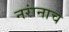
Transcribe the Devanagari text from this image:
नरांनाच